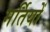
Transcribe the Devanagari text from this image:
मर्तियों